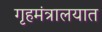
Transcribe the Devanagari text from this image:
गृहमंत्रालयात